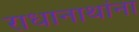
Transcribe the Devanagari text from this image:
राधानाथांना